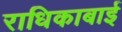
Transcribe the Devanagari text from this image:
राधिकाबाई